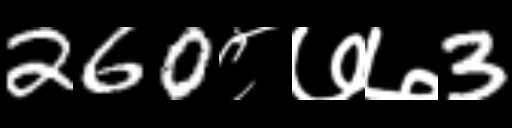
Text: 260८७७3